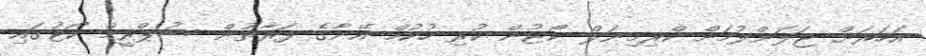
އަހަރަށް ޖަލަށްލުމަށް ކްރިމިނަލް ކޯޓުން ކުރި ހުކުމް އޭނާގެ ފަރާތުން ސުޕްރީމް ކޯޓުގައި